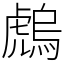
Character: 䖚